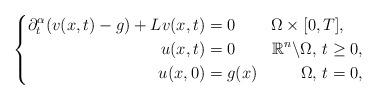
LaTeX: \begin{align*}\left\{\begin{aligned}\partial_{t}^{\alpha}(v(x,t)-g) + Lv(x,t) & = 0 & \Omega\times[0,T],\quad\, \\u(x,t) & = 0 & \mathbb{R}^{n}\backslash\Omega, \, t\geq 0, \\u(x,0) & = g(x) & \Omega,\, t = 0,\end{aligned}\right.\end{align*}